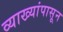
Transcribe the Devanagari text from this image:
व्याख्यांपासून